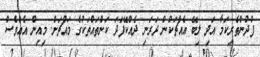
ފުދުންތެރިކަމާ އަދި ލިބޭ އެއްޗަކުން ދަރަނި ދެއްކޭފަދަ ކަންތައްތަކުގެ މައްޗަށް. މިއިން އެއްވެސް